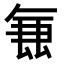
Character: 𭆢